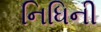
નિધિની